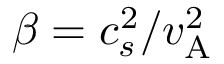
\beta = c _ { s } ^ { 2 } / v _ { \mathrm { A } } ^ { 2 }